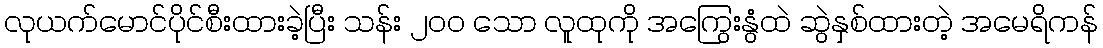
လုယက်မောင်ပိုင်စီးထားခဲ့ပြီး သန်း ၂၀၀ သော လူထုကို အကြွေးနွံထဲ ဆွဲနှစ်ထားတဲ့ အမေရိကန်